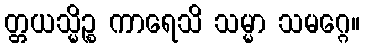
တ္တယသ္မိဉ္စ ကာရေသိ သမ္မာ သမဂ္ဂေ။